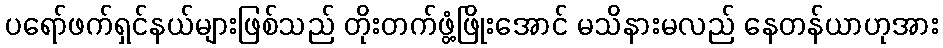
ပရော်ဖက်ရှင်နယ်များဖြစ်သည် တိုးတက်ဖွံ့ဖြိုးအောင် မသိနားမလည် နေတန်ယာဟုအား